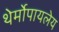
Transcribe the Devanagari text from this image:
थेर्मोपायलेय